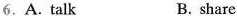
6.A. talk B. share